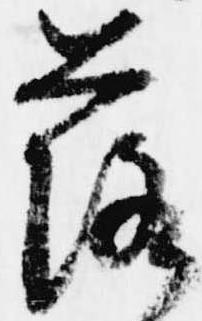
落